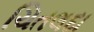
ચિતલદા